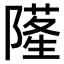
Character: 𨼜